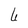
Character: 6